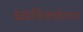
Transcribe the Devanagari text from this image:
ध्वनिवर्धकावर